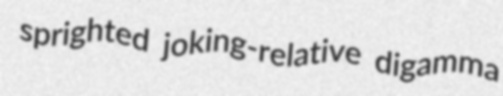
sprighted joking-relative digamma